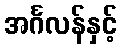
အင်္ဂလန်နှင့်